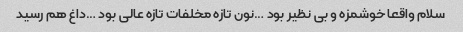
سلام واقعا خوشمزه و بی نظیر بود …نون تازه مخلفات تازه عالی بود …داغ هم رسید